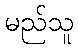
မည်သူ